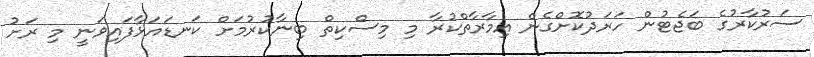
ސަރުކާރުގެ ބަޖެޓުން ހަރަދުކޮށްގެން އިމާރާތްކުރާ މި މިސްކިތް ބިނާކުރުމަށް ކަނޑައަޅާފައިވަނީ މި ރަށު